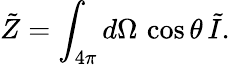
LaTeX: \tilde{Z}=\int_{4\pi}d\Omega\, \cos\theta\, \tilde{I}.